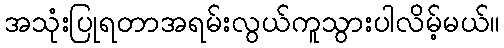
အသုံးပြုရတာအရမ်းလွယ်ကူသွားပါလိမ့်မယ်။